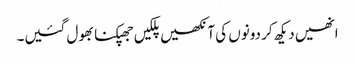
انھیں دیکھ کر دونوں کی آنکھیں پلکیں جھپکنا بھول گئیں۔